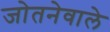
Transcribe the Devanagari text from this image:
जोतनेवाले